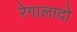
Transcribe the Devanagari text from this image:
रेगालादो